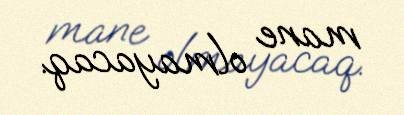
mane olmayacaq.